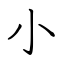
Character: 小